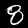
Digit: 8